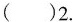
( ) 2.